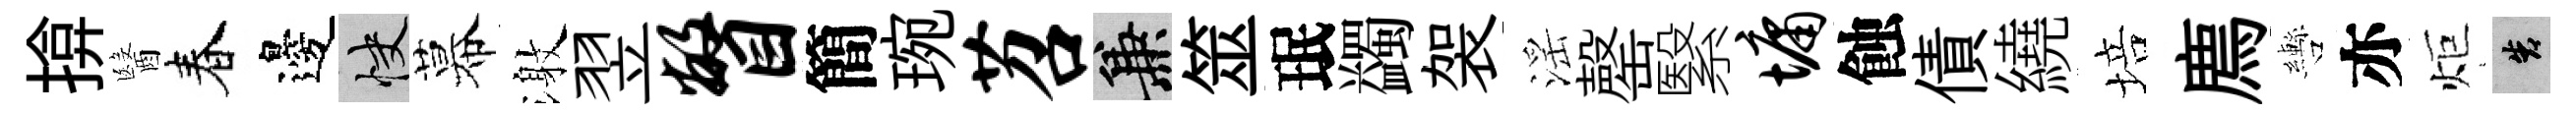
揜醫春邊快幕激翌瞥簡琬苕兼筮珉蠲袈滛罄繄墉蝕債繞培廌轡亦炬告